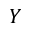
Y